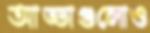
আড্ডাগুলোও